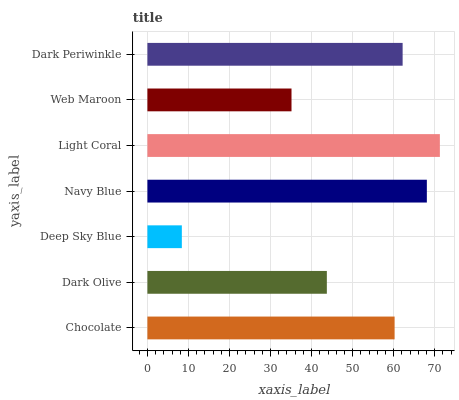
| yaxis_label | bars |
 | --- | --- |
 | Chocolate | 60.2 |
 | Dark Olive | 43.7 |
 | Deep Sky Blue | 8.39 |
 | Navy Blue | 68.1 |
 | Light Coral | 71.3 |
 | Web Maroon | 35.1 |
 | Dark Periwinkle | 62.2 |